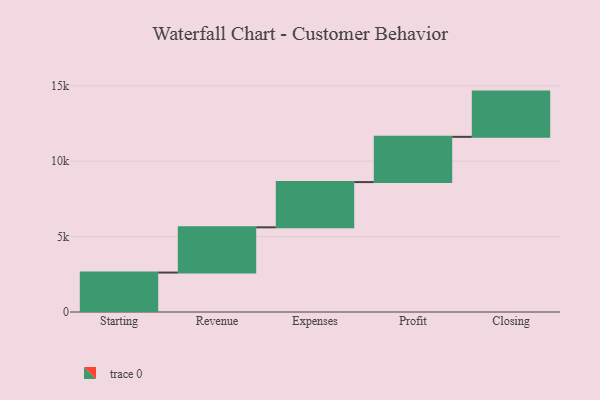
{"axis": {"x": "Step", "y": "Value"}, "legend": [""], "data": [{"x": "Starting", "y": 2615.0, "type": ""}, {"x": "Revenue", "y": 3000, "type": ""}, {"x": "Expenses", "y": 3000, "type": ""}, {"x": "Profit", "y": 3000, "type": ""}, {"x": "Closing", "y": 3000, "type": ""}]}